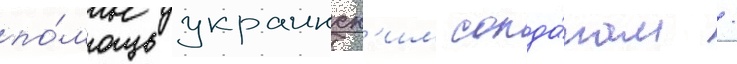
по́мощь украинск'им солда́там /